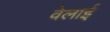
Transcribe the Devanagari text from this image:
वेलाई